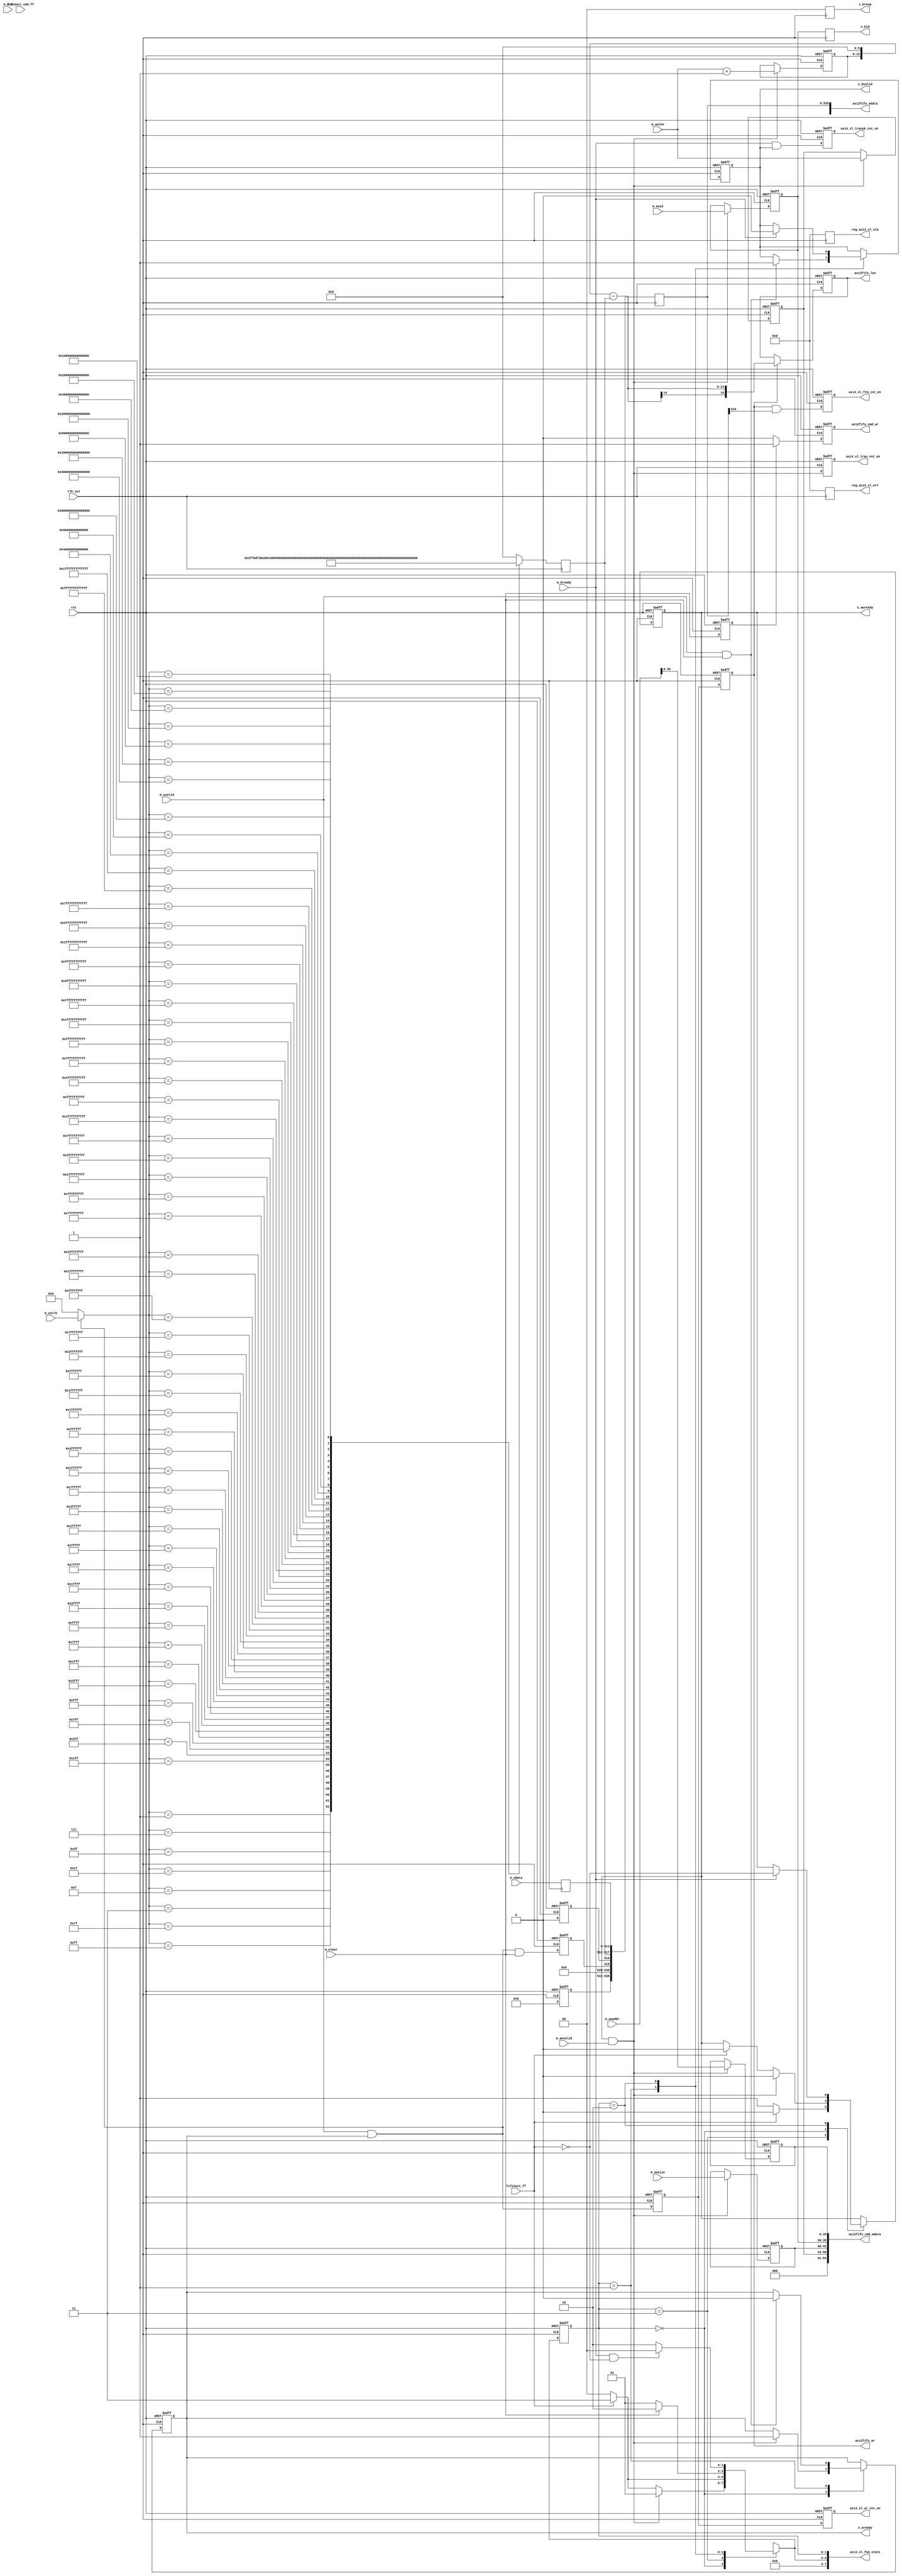
//
//------------------------------------------------------------------------------
//     Copyright (c) 2017 Huawei Technologies Co., Ltd. All Rights Reserved.
//
//     This program is free software; you can redistribute it and/or modify
//     it under the terms of the Huawei Software License (the "License").
//     A copy of the License is located in the "LICENSE" file accompanying 
//     this file.
//
//     This program is distributed in the hope that it will be useful,
//     but WITHOUT ANY WARRANTY; without even the implied warranty of
//     MERCHANTABILITY or FITNESS FOR A PARTICULAR PURPOSE. See the
//     Huawei Software License for more details. 
//------------------------------------------------------------------------------

`resetall
`timescale 1ns / 100ps

module axi4_s512_mmu   #(
                 parameter         AXI_ADDR_WIDTH  = 64  ,
                 parameter         DATA_WIDTH      = 512 ,
                 parameter         FIFO_DATA_WIDTH = 576 ,
                 parameter         SOP_POS         = 520 ,
                 parameter         EOP_POS         = 519 ,
                 parameter         ERR_POS         = 518 ,
                 parameter         MOD_POS         = 512 ,
                 parameter         MOD_WIDTH       = 6   ,
                 parameter         PKT_TYPE_POS    = 537 , 
                 parameter         PKT_TYPE_WIDTH  = 4   , 
                 parameter         PKT_LEN_WIDTH   = 16       
                  )
                 (

                 //globe signals
                 input                        				clk_sys                     ,//i 1  
                 input                       				rst                         ,//i 1  
          
                 //interface with axi4 master          
                 input           [  3:0]                    m_awid 						,
                 input           [AXI_ADDR_WIDTH-1:0]       m_awaddr 					,
                 input           [  7:0]                    m_awlen 					,
                 input           [  2:0]                    m_awsize 					,
                 input                                      m_awvalid 				    ,
                 output  reg                                s_awready 				    ,
                 
                 input           [3:0]                      m_wid                       , 
                 input           [DATA_WIDTH-1:0]           m_wdata 					,
                 input           [ 63:0]                    m_wstrb 					,
                 input                                      m_wlast 					,
                 input                                      m_wvalid 					,
                 output  reg                                s_wready 					,
                        
                 output  reg     [  3:0]                    s_bid 						,
                 output  reg     [  1:0]                    s_bresp 					,
                 output  reg                                s_bvalid 					,
                 input                                      m_bready 					,
                        
                 //interface with data fifo                        
                 output  reg                                axi2fifo_wr 			    ,
                 output  reg     [FIFO_DATA_WIDTH-1:0]      axi2fifo_wdata 		        ,
                 input                                      fifo2axi_ff 			    ,
                 
                 //interface with cmd fifo
                 output  reg                                axi2fifo_cmd_wr 			,
                 output  wire    [53:0]                     axi2fifo_cmd_wdata 		    ,
                 input                                      fifo2axi_cmd_ff 			,    

                 //sta, cnt, err              
                 output  reg     [ 15:0]                    axi2fifo_len              	,
                 output          [  7:0]                    axi4_sl_fsm_state           ,
                 output  reg                                axi4_sl_tran_cnt_en       	,
                 output  reg                                axi4_sl_tranok_cnt_en     	,
                 output  reg                                axi4_sl_frm_cnt_en        	,
                 output  reg                                axi4_sl_wr_cnt_en        	,
              
                 output  reg     [ 31:0]                    reg_axi4_sl_sta           	,
                 output  reg     [ 31:0]                    reg_axi4_sl_err                   

                 );

/********************************************************************************************************************\
    parameters
\********************************************************************************************************************/
parameter	  S_IDLE             = 2'b00      ; 
parameter	  S_RECV_DATA        = 2'b01      ;
parameter	  S_SEND_ACK         = 2'b10      ;
parameter	  S_BUSY             = 2'b11      ;
/********************************************************************************************************************\
    signals
\********************************************************************************************************************/
reg       [1:0]         			fsm_axi4_state_curr           ;
reg       [1:0]         			fsm_axi4_state_next           ;
reg    	  [7:0]         			rx_tran_num                   ;
reg       [PKT_TYPE_WIDTH-1:0]      rx_chan_id                    ; 
reg       [AXI_ADDR_WIDTH-1:0]      rx_wstrb                      ;
reg       [MOD_WIDTH-1:0]           axi2fifo_wdata_mod            ;
wire      [PKT_LEN_WIDTH-1:0]       axi2fifo_wdata_len            ;
reg                                 axi2fifo_wdata_sop            ;
reg                                 axi2fifo_wdata_eop            ;
wire      [3:0]                     axi2fifo_wdata_id             ;
wire      [10:0]                    axi2fifo_wdata_rsv            ;
reg       [8:0]                     axi2fifo_wdata_chk            ;
reg                                 axi2fifo_wdata_err            ;
reg       [DATA_WIDTH-1:0]          axi2fifo_wdata_pre            ;
reg                                 axi2fifo_wr_pre               ;
reg                                 m_wr_1dly                     ;

reg       [2:0]                     cmd_awsize                    ;
reg       [7:0]                     cmd_awlen                     ;
reg       [35:0]                    cmd_awaddr                    ;
reg       [3:0]                     cmd_awid                      ;
reg                                 m_wlast_1dly                  ;

wire                                axi4_wdata_err                ;
/********************************************************************************************************************\
    process
\********************************************************************************************************************/
always @ (posedge clk_sys or posedge rst)
begin 
    if (rst == 1'b1) begin
        fsm_axi4_state_curr <= S_IDLE;
    end
    else begin
        fsm_axi4_state_curr <= fsm_axi4_state_next;
    end
end

//state jump
always @ (*)
begin 
    case (fsm_axi4_state_curr)
        S_IDLE :	
        begin 
            if ((s_awready == 1'b1) & (m_awvalid == 1'b1)) begin
                fsm_axi4_state_next = S_RECV_DATA; 
            end 
            else if (fifo2axi_ff == 1'b1) begin
                fsm_axi4_state_next = S_BUSY;
            end            
            else begin
                fsm_axi4_state_next = S_IDLE;
            end
        end

        S_BUSY:
        begin
            if (fifo2axi_ff == 1'b0)  begin
                fsm_axi4_state_next = S_IDLE;
            end
            else begin
                fsm_axi4_state_next = S_BUSY;
            end
        end

        S_RECV_DATA :	
        begin 
            if(m_wlast == 1'b1) begin
                fsm_axi4_state_next = S_SEND_ACK;
            end
            else begin 
                fsm_axi4_state_next = S_RECV_DATA;
            end
        end
        
        S_SEND_ACK : 
        begin 
            if((m_bready == 1'b1) & (fifo2axi_ff == 1'b0)) begin
                fsm_axi4_state_next = S_IDLE;
            end
            else begin 
                fsm_axi4_state_next = S_SEND_ACK;
            end
        end
        
        default : /* default */;
    endcase
end

//state process
always @ (posedge clk_sys or posedge rst)
begin 
    if(rst == 1'b1) begin
        s_awready <= 1'b1;
        s_wready  <= 1'b0;
        s_bvalid  <= 1'b0;
    end
    else begin
        case (fsm_axi4_state_curr)
            S_BUSY:
            begin
                if (fifo2axi_ff == 1'b0) begin
                    s_awready <= 1'b1;
                end
                else begin
                    s_awready <= 1'b0;
                end 
            end

            S_IDLE:
            begin
                if ((m_awvalid == 1'b1)&(s_awready == 1'b1)) begin
                    s_awready  <= 1'b0;
                    s_wready   <= 1'b1;
                end
                else if (fifo2axi_ff == 1'b1) begin
                    s_awready  <= 1'b0;
                end                
                else;
            end

            S_RECV_DATA:
            begin 
                if((m_wvalid == 1'b1)&(m_wlast == 1'b1)) begin
                    s_wready <= 1'b0;
                    s_bvalid <= 1'b1;
                end
                else;
            end
            
            S_SEND_ACK:
            begin 
                if (m_bready == 1'b1) begin
                    s_awready <= ~fifo2axi_ff;
                    s_bvalid  <= 1'b0;
                end
                else;
            end
            
            default : /* default */;
        endcase 
    end
end
//******************************************************************************
//lock info
always @ (posedge clk_sys or posedge rst)
begin 
    if(rst == 1'b1) begin
        rx_tran_num  <= 8'd0;
        rx_chan_id   <= {PKT_TYPE_WIDTH{1'b0}};
    end
    else if ((m_awvalid == 1'b1) & (s_awready == 1'b1)) begin
        rx_tran_num  <= m_awlen + 8'd1;
        rx_chan_id   <= m_awaddr[PKT_TYPE_WIDTH-1:0];
    end
    else ;
end

always @ (*)
begin 
    if((m_wvalid == 1'b1) & (s_wready == 1'b1)) begin
        rx_wstrb = m_wstrb;
    end
    else begin 
        rx_wstrb = 64'd0;
    end
end
//******************************************************************************
//axi4 --> fifo wr
always @ (posedge clk_sys or posedge rst)
begin
    if(rst == 1'b1) begin
        axi2fifo_wr_pre <= 1'b0;
    end
    else begin 
        axi2fifo_wr_pre <= m_wvalid & s_wready;
    end
end

always @ (posedge clk_sys or posedge rst)
begin 
    if(rst == 1'b1) begin
        axi2fifo_wr <= 1'b0;
    end
    else begin 
        axi2fifo_wr <= axi2fifo_wr_pre;
    end
end

//axi4 --> fifo wdata
always @ (posedge clk_sys)
begin 
    axi2fifo_wdata_pre <= m_wdata[511:0]; 
end
always @ (posedge clk_sys)
begin
		axi2fifo_wdata[539:0] <= {	
                                   axi2fifo_wdata_chk,axi2fifo_wdata_rsv,
                                   axi2fifo_wdata_eop,
                                   axi2fifo_wdata_err,axi2fifo_wdata_mod,
                                   axi2fifo_wdata_pre
                                 };
end

always @ (posedge clk_sys)
begin 
	s_bid   <= cmd_awid;
    s_bresp <= 2'd0;
end

//******************************************************************************
//axi4 --> fifo cmd wr
always @ (posedge clk_sys or posedge rst)
begin 
    if(rst == 1'b1) begin
        axi2fifo_cmd_wr <= 1'b0;
    end
    else if (m_wlast_1dly == 1'b1) begin 
        axi2fifo_cmd_wr <= 1'b1;
    end
    else begin
        axi2fifo_cmd_wr <= 1'b0;
    end
end

always @ (posedge clk_sys or posedge rst)
begin 
    if(rst == 1'b1) begin
        m_wlast_1dly <= 1'b0;
    end
    else begin
        m_wlast_1dly <= m_wlast;
    end
end

always @ (posedge clk_sys or posedge rst)
begin 
    if(rst == 1'b1) begin
        cmd_awsize <= 3'd0;
        cmd_awlen  <= 8'd0;
        cmd_awaddr <= 36'd0;
        cmd_awid   <= 4'd0;
    end
    else if ((m_awvalid & s_awready) == 1'b1) begin
        cmd_awsize <= m_awsize;
        cmd_awlen  <= m_awlen ;
        cmd_awaddr <= m_awaddr[35:0];
        cmd_awid   <= m_awid  ;
    end
    else;
end

//axi4 --> fifo cmd wdata
assign axi2fifo_cmd_wdata = {3'd0,cmd_awlen,cmd_awsize,cmd_awid,cmd_awaddr};

//******************************************************************************
//mod process
always @ (posedge clk_sys)
begin 
        case(rx_wstrb)
            64'h1		                :	axi2fifo_wdata_mod <= 6'd63;
            64'h3		                :	axi2fifo_wdata_mod <= 6'd62;
            64'h7		                :	axi2fifo_wdata_mod <= 6'd61;
            64'hf		                :	axi2fifo_wdata_mod <= 6'd60;
            64'h1f		                :	axi2fifo_wdata_mod <= 6'd59;
            64'h3f		                :	axi2fifo_wdata_mod <= 6'd58;
            64'h7f		                :	axi2fifo_wdata_mod <= 6'd57;
            64'hff		                :	axi2fifo_wdata_mod <= 6'd56;
            64'h1ff		                :	axi2fifo_wdata_mod <= 6'd55;
            64'h3ff		                :	axi2fifo_wdata_mod <= 6'd54;
            64'h7ff		                :	axi2fifo_wdata_mod <= 6'd53;
            64'hfff		                :	axi2fifo_wdata_mod <= 6'd52;
            64'h1fff		            :	axi2fifo_wdata_mod <= 6'd51;
            64'h3fff		            :	axi2fifo_wdata_mod <= 6'd50;
            64'h7fff		            :	axi2fifo_wdata_mod <= 6'd49;
            64'hffff		            :	axi2fifo_wdata_mod <= 6'd48;
            64'h1_ffff		            :	axi2fifo_wdata_mod <= 6'd47;
            64'h3_ffff		            :	axi2fifo_wdata_mod <= 6'd46;
            64'h7_ffff		            :	axi2fifo_wdata_mod <= 6'd45;
            64'hf_ffff		            :	axi2fifo_wdata_mod <= 6'd44;
            64'h1f_ffff		            :	axi2fifo_wdata_mod <= 6'd43;
            64'h3f_ffff		            :	axi2fifo_wdata_mod <= 6'd42;
            64'h7f_ffff		            :	axi2fifo_wdata_mod <= 6'd41;
            64'hff_ffff		            :	axi2fifo_wdata_mod <= 6'd40;
            64'h1ff_ffff                :	axi2fifo_wdata_mod <= 6'd39;
            64'h3ff_ffff	            :	axi2fifo_wdata_mod <= 6'd38;
            64'h7ff_ffff		        :	axi2fifo_wdata_mod <= 6'd37;
            64'hfff_ffff		        :	axi2fifo_wdata_mod <= 6'd36;
            64'h1fff_ffff		        :	axi2fifo_wdata_mod <= 6'd35;
            64'h3fff_ffff		        :	axi2fifo_wdata_mod <= 6'd34;
            64'h7fff_ffff		        :	axi2fifo_wdata_mod <= 6'd33;
            64'hffff_ffff		        :	axi2fifo_wdata_mod <= 6'd32;
            64'h1_ffff_ffff		        :	axi2fifo_wdata_mod <= 6'd31;
            64'h3_ffff_ffff		        :	axi2fifo_wdata_mod <= 6'd30;
            64'h7_ffff_ffff		        :	axi2fifo_wdata_mod <= 6'd29;
            64'hf_ffff_ffff		        :	axi2fifo_wdata_mod <= 6'd28;
            64'h1f_ffff_ffff	        :	axi2fifo_wdata_mod <= 6'd27;
            64'h3f_ffff_ffff	        :	axi2fifo_wdata_mod <= 6'd26;
            64'h7f_ffff_ffff		    :	axi2fifo_wdata_mod <= 6'd25;
            64'hff_ffff_ffff		    :	axi2fifo_wdata_mod <= 6'd24;
            64'h1ff_ffff_ffff		    :	axi2fifo_wdata_mod <= 6'd23;
            64'h3ff_ffff_ffff	        :	axi2fifo_wdata_mod <= 6'd22;
            64'h7ff_ffff_ffff		    :	axi2fifo_wdata_mod <= 6'd21;
            64'hfff_ffff_ffff		    :	axi2fifo_wdata_mod <= 6'd20;
            64'h1fff_ffff_ffff		    :	axi2fifo_wdata_mod <= 6'd19;
            64'h3fff_ffff_ffff		    :	axi2fifo_wdata_mod <= 6'd18;
            64'h7fff_ffff_ffff		    :	axi2fifo_wdata_mod <= 6'd17;
            64'hffff_ffff_ffff		    :	axi2fifo_wdata_mod <= 6'd16;
            64'h1_ffff_ffff_ffff		:	axi2fifo_wdata_mod <= 6'd15;
            64'h3_ffff_ffff_ffff		:	axi2fifo_wdata_mod <= 6'd14;
            64'h7_ffff_ffff_ffff		:	axi2fifo_wdata_mod <= 6'd13;
            64'hf_ffff_ffff_ffff		:	axi2fifo_wdata_mod <= 6'd12;
            64'h1f_ffff_ffff_ffff		:	axi2fifo_wdata_mod <= 6'd11;
            64'h3f_ffff_ffff_ffff		:	axi2fifo_wdata_mod <= 6'd10;
            64'h7f_ffff_ffff_ffff		:	axi2fifo_wdata_mod <= 6'd9;
            64'hff_ffff_ffff_ffff		:	axi2fifo_wdata_mod <= 6'd8;
            64'h1ff_ffff_ffff_ffff		:	axi2fifo_wdata_mod <= 6'd7;
            64'h3ff_ffff_ffff_ffff		:	axi2fifo_wdata_mod <= 6'd6;
            64'h7ff_ffff_ffff_ffff		:	axi2fifo_wdata_mod <= 6'd5;
            64'hfff_ffff_ffff_ffff	    :	axi2fifo_wdata_mod <= 6'd4;
            64'h1fff_ffff_ffff_ffff		:	axi2fifo_wdata_mod <= 6'd3;
            64'h3fff_ffff_ffff_ffff		:	axi2fifo_wdata_mod <= 6'd2;
            64'h7fff_ffff_ffff_ffff		:	axi2fifo_wdata_mod <= 6'd1;
        default                         :	axi2fifo_wdata_mod <= 6'd0;
        endcase
end

//length process
assign axi2fifo_wdata_len = ({8'd0,rx_tran_num} << 6) - {10'd0,axi2fifo_wdata_mod};

//frm id process
assign axi2fifo_wdata_id = rx_chan_id;

//reserve 
assign axi2fifo_wdata_rsv = 11'd0;

//sop bit calculate
always @ (posedge clk_sys or posedge rst)
begin
    if (rst == 1'b1 ) begin
        axi2fifo_wdata_sop <= 1'b0;
    end
    else begin
        axi2fifo_wdata_sop <= m_wvalid & s_wready & (~m_wr_1dly);
    end
end

//eop bit calculate
always @ (posedge clk_sys or posedge rst)
begin
    if (rst == 1'b1 ) begin 
        axi2fifo_wdata_eop <= 1'b0;
    end
    else begin
        axi2fifo_wdata_eop <= m_wvalid & s_wready & m_wlast;
    end
end

//err bit calculate
assign axi4_wdata_err = 1'b0;
always @ (posedge clk_sys or posedge rst)
begin
    if (rst == 1'b1 ) begin
        axi2fifo_wdata_err <= 1'b0;
    end
    else begin
        axi2fifo_wdata_err <= axi4_wdata_err & m_wvalid & s_wready & m_wlast;
    end
end

//check
always @ (posedge clk_sys or posedge rst)
begin
    if (rst == 1'b1 ) begin
        axi2fifo_wdata_chk <= 9'h0;
    end
    else begin
        axi2fifo_wdata_chk <= 9'h0;
    end
end

//******************************************************************************
//DFX: err, sta, cnt
//******************************************************************************
always @ (posedge clk_sys)
begin 
    reg_axi4_sl_err <= 32'd0;
    reg_axi4_sl_sta <= 32'd0;
end

always @ (posedge clk_sys or posedge rst)
begin
    if (rst == 1'b1) begin
        axi2fifo_len <= 16'd0;
    end
    else if(axi2fifo_wr == 1'b1) begin
        axi2fifo_len <= axi2fifo_wdata_len; 
    end
    else;
end

always @ (posedge clk_sys or posedge rst)
begin
    if (rst == 1'b1) begin
        axi4_sl_tran_cnt_en <= 1'b0;
    end
    else begin 
        axi4_sl_tran_cnt_en <= m_awvalid & s_awready; 
    end
end

always @ (posedge clk_sys or posedge rst)
begin
    if(rst == 1'b1) begin
        axi4_sl_tranok_cnt_en <= 1'b0;
    end
    else begin 
        axi4_sl_tranok_cnt_en <= m_bready & s_bvalid; 
    end
end

always @ (posedge clk_sys or posedge rst)
begin
    if(rst == 1'b1) begin
        axi4_sl_frm_cnt_en <= 1'b0;
    end
    else begin 
        axi4_sl_frm_cnt_en <= axi2fifo_wr & axi2fifo_wdata[EOP_POS]; 
    end
end

always @ (posedge clk_sys or posedge rst)
begin
    if(rst == 1'b1) begin
        axi4_sl_wr_cnt_en <= 1'b0;
    end
    else begin 
        axi4_sl_wr_cnt_en <= axi2fifo_wr_pre; 
    end
end 

assign axi4_sl_fsm_state = {4'd0,fsm_axi4_state_next,fsm_axi4_state_curr};

always @ (posedge clk_sys or posedge rst)
begin 
    if (rst == 1'b1) begin
        m_wr_1dly <= 1'b0;
    end
    else begin
        m_wr_1dly <= m_wvalid & s_wready;
    end
end

endmodule